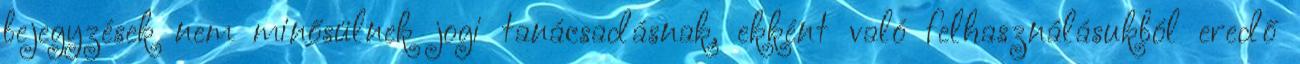
bejegyzések nem minősülnek jogi tanácsadásnak, ekként való felhasználásukból eredő